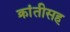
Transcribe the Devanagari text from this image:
क्रांतीसह